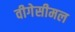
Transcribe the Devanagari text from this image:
वीगेसीमल